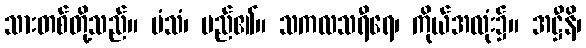
သားတစ်တို့သည်။ မံသံ၊ မည်၏။ သကလသရီရေ၊ ကိုယ်အလုံး၌။ အဋ္ဌီနိ၊